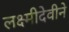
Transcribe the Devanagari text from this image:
लक्ष्मीदेवीने